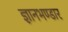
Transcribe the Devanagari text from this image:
ज्ञानभण्डार